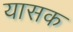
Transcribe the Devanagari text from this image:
यासक